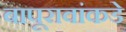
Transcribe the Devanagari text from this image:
बापूरावांकडे